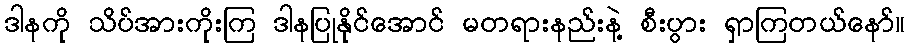
ဒါနကို သိပ်အားကိုးကြ ဒါနပြုနိုင်အောင် မတရားနည်းနဲ့ စီးပွား ရှာကြတယ်နော်။